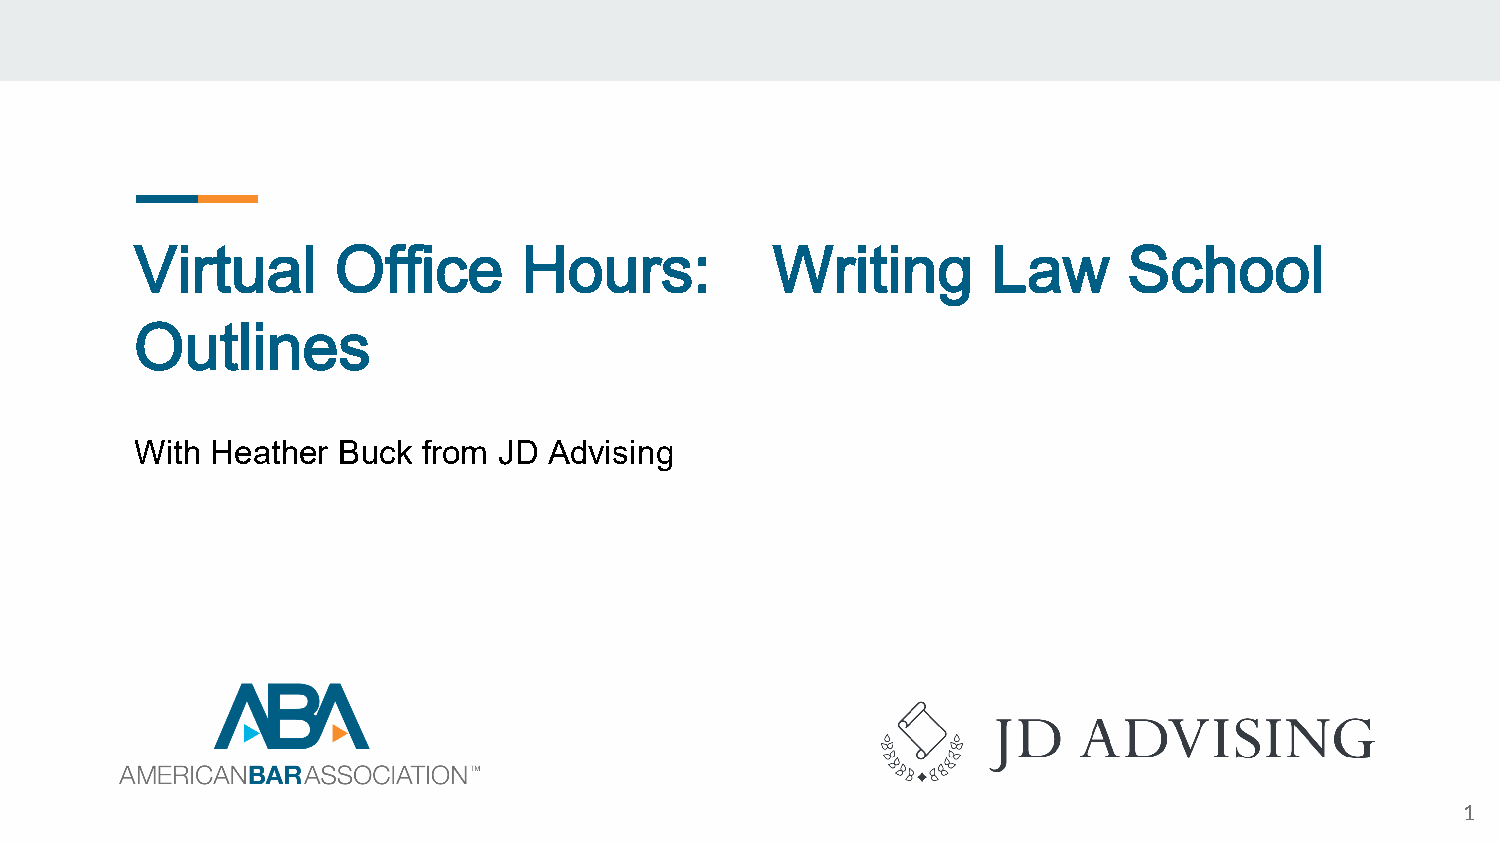
Virtual      Office       Hours:          Writing        Law      School
 Outlines
 With Heather Buck  from JD Advising
 1